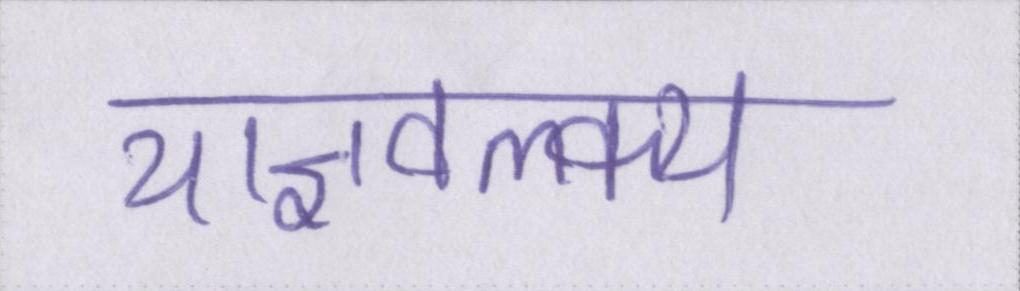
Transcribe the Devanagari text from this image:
याज्ञवल्क्य